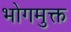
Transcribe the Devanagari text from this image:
भोगमुक्त